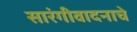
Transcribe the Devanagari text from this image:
सारंगीवादनाचे